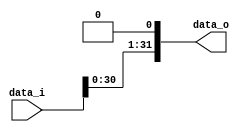
/***************************************************
Student Name:  Ia
Student ID: 0816137 0716241
***************************************************/

`timescale 1ns/1ps

module Shift_Left_1(
    input  [32-1:0] data_i,
    output [32-1:0] data_o
    );

/* Write your code HERE */
assign data_o=data_i<<1;
endmodule